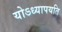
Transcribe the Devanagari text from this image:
योऽध्यापयति